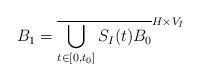
LaTeX: \begin{align*}B_1=\overline{\bigcup\limits_{t\in [0,t_0]}S_I(t)B_0}^{H\times V_I}\end{align*}